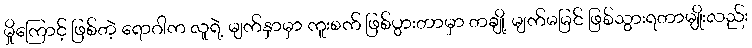
မှိုကြောင့် ဖြစ်တဲ့ ရောဂါက လူရဲ့ မျက်နှာမှာ ကူးစက် ဖြစ်ပွားတာမှာ တချို့ မျက်မမြင် ဖြစ်သွားရတာမျိုးလည်း